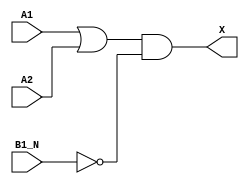
`timescale 1ps/1ps
module cell_o21ba
(
    input wire A1,
    input wire A2,
    input wire B1_N,
    output wire X
);
    assign X = ((A1 | A2) & !B1_N);
endmodule